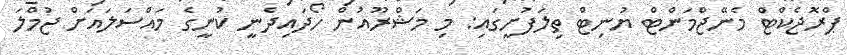
ޕްރޮޖެކްޓް މެނޭޖްމަންޓް ޔުނިޓް ތިލަފުށީގައި: މި މަޝްރޫއުން ހޯދައިދެނީ ކުނީގެ މައްސަލައަށް ޖުމްލަ